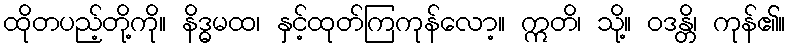
ထိုတပည့်တို့ကို။ နိဒ္ဓမထ၊ နှင့်ထုတ်ကြကုန်လော့။ ဣတိ၊ သို့။ ဝဒန္တိ၊ ကုန်၏။